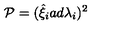
{ \cal P } = ( { \hat { \xi } } _ { i } a d { \lambda } _ { i } ) ^ { 2 }